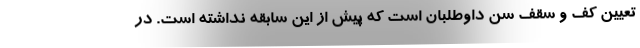
تعیین کف و سقف سن داوطلبان است که پیش از این سابقه نداشته است. در